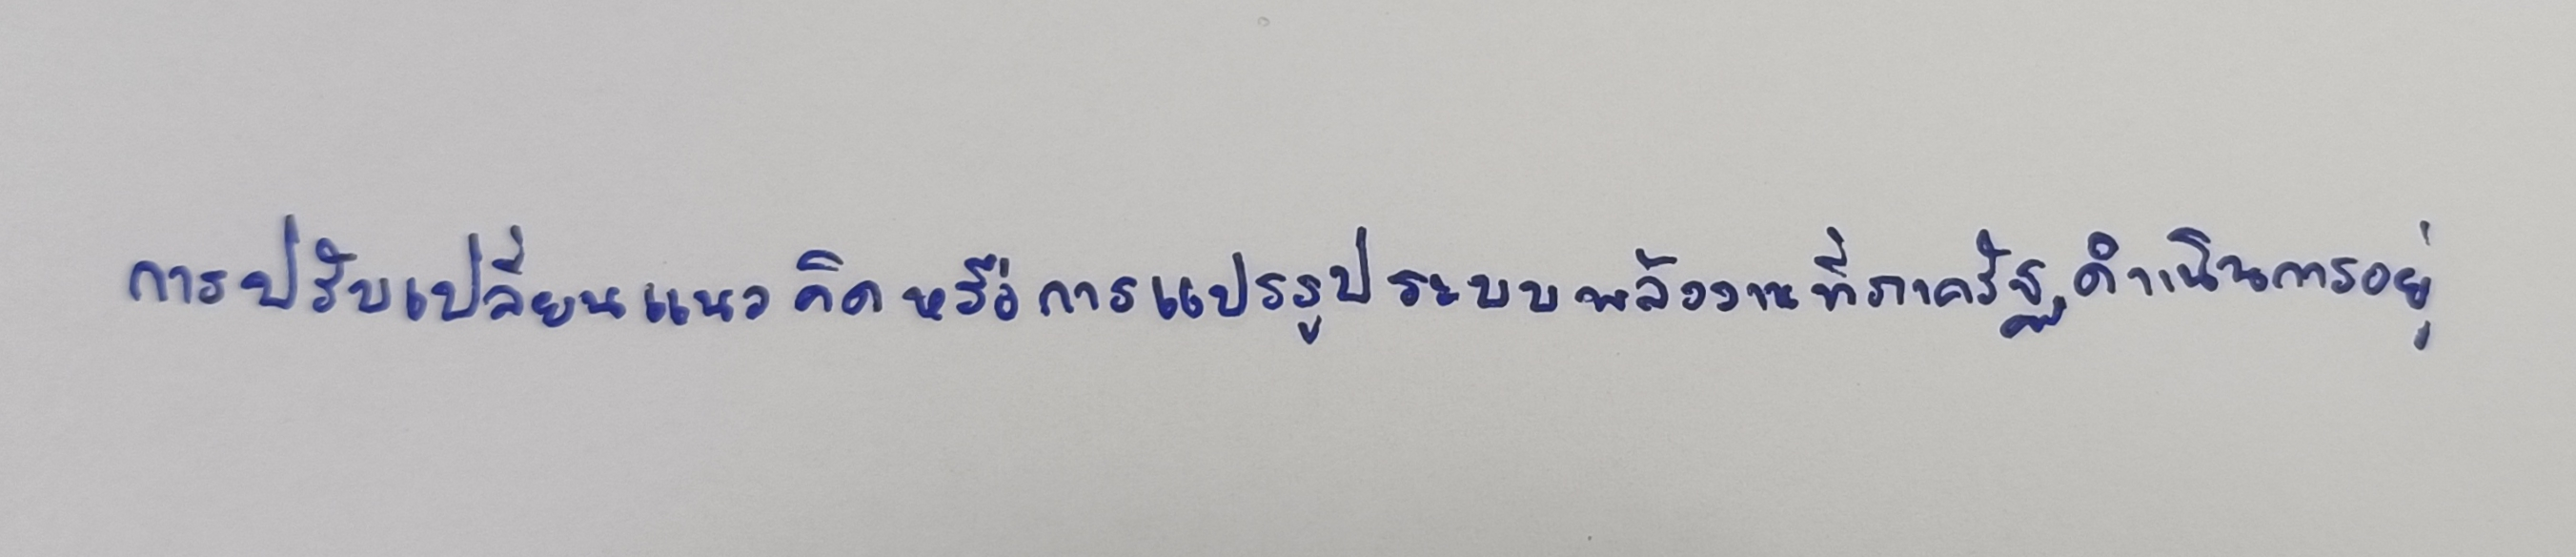
การปรับเปลี่ยนแนวคิดหรือการแปรรูประบบพลังงานที่ภาครัฐดำเนินการอยู่